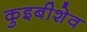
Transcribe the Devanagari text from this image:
कुइबीशेव